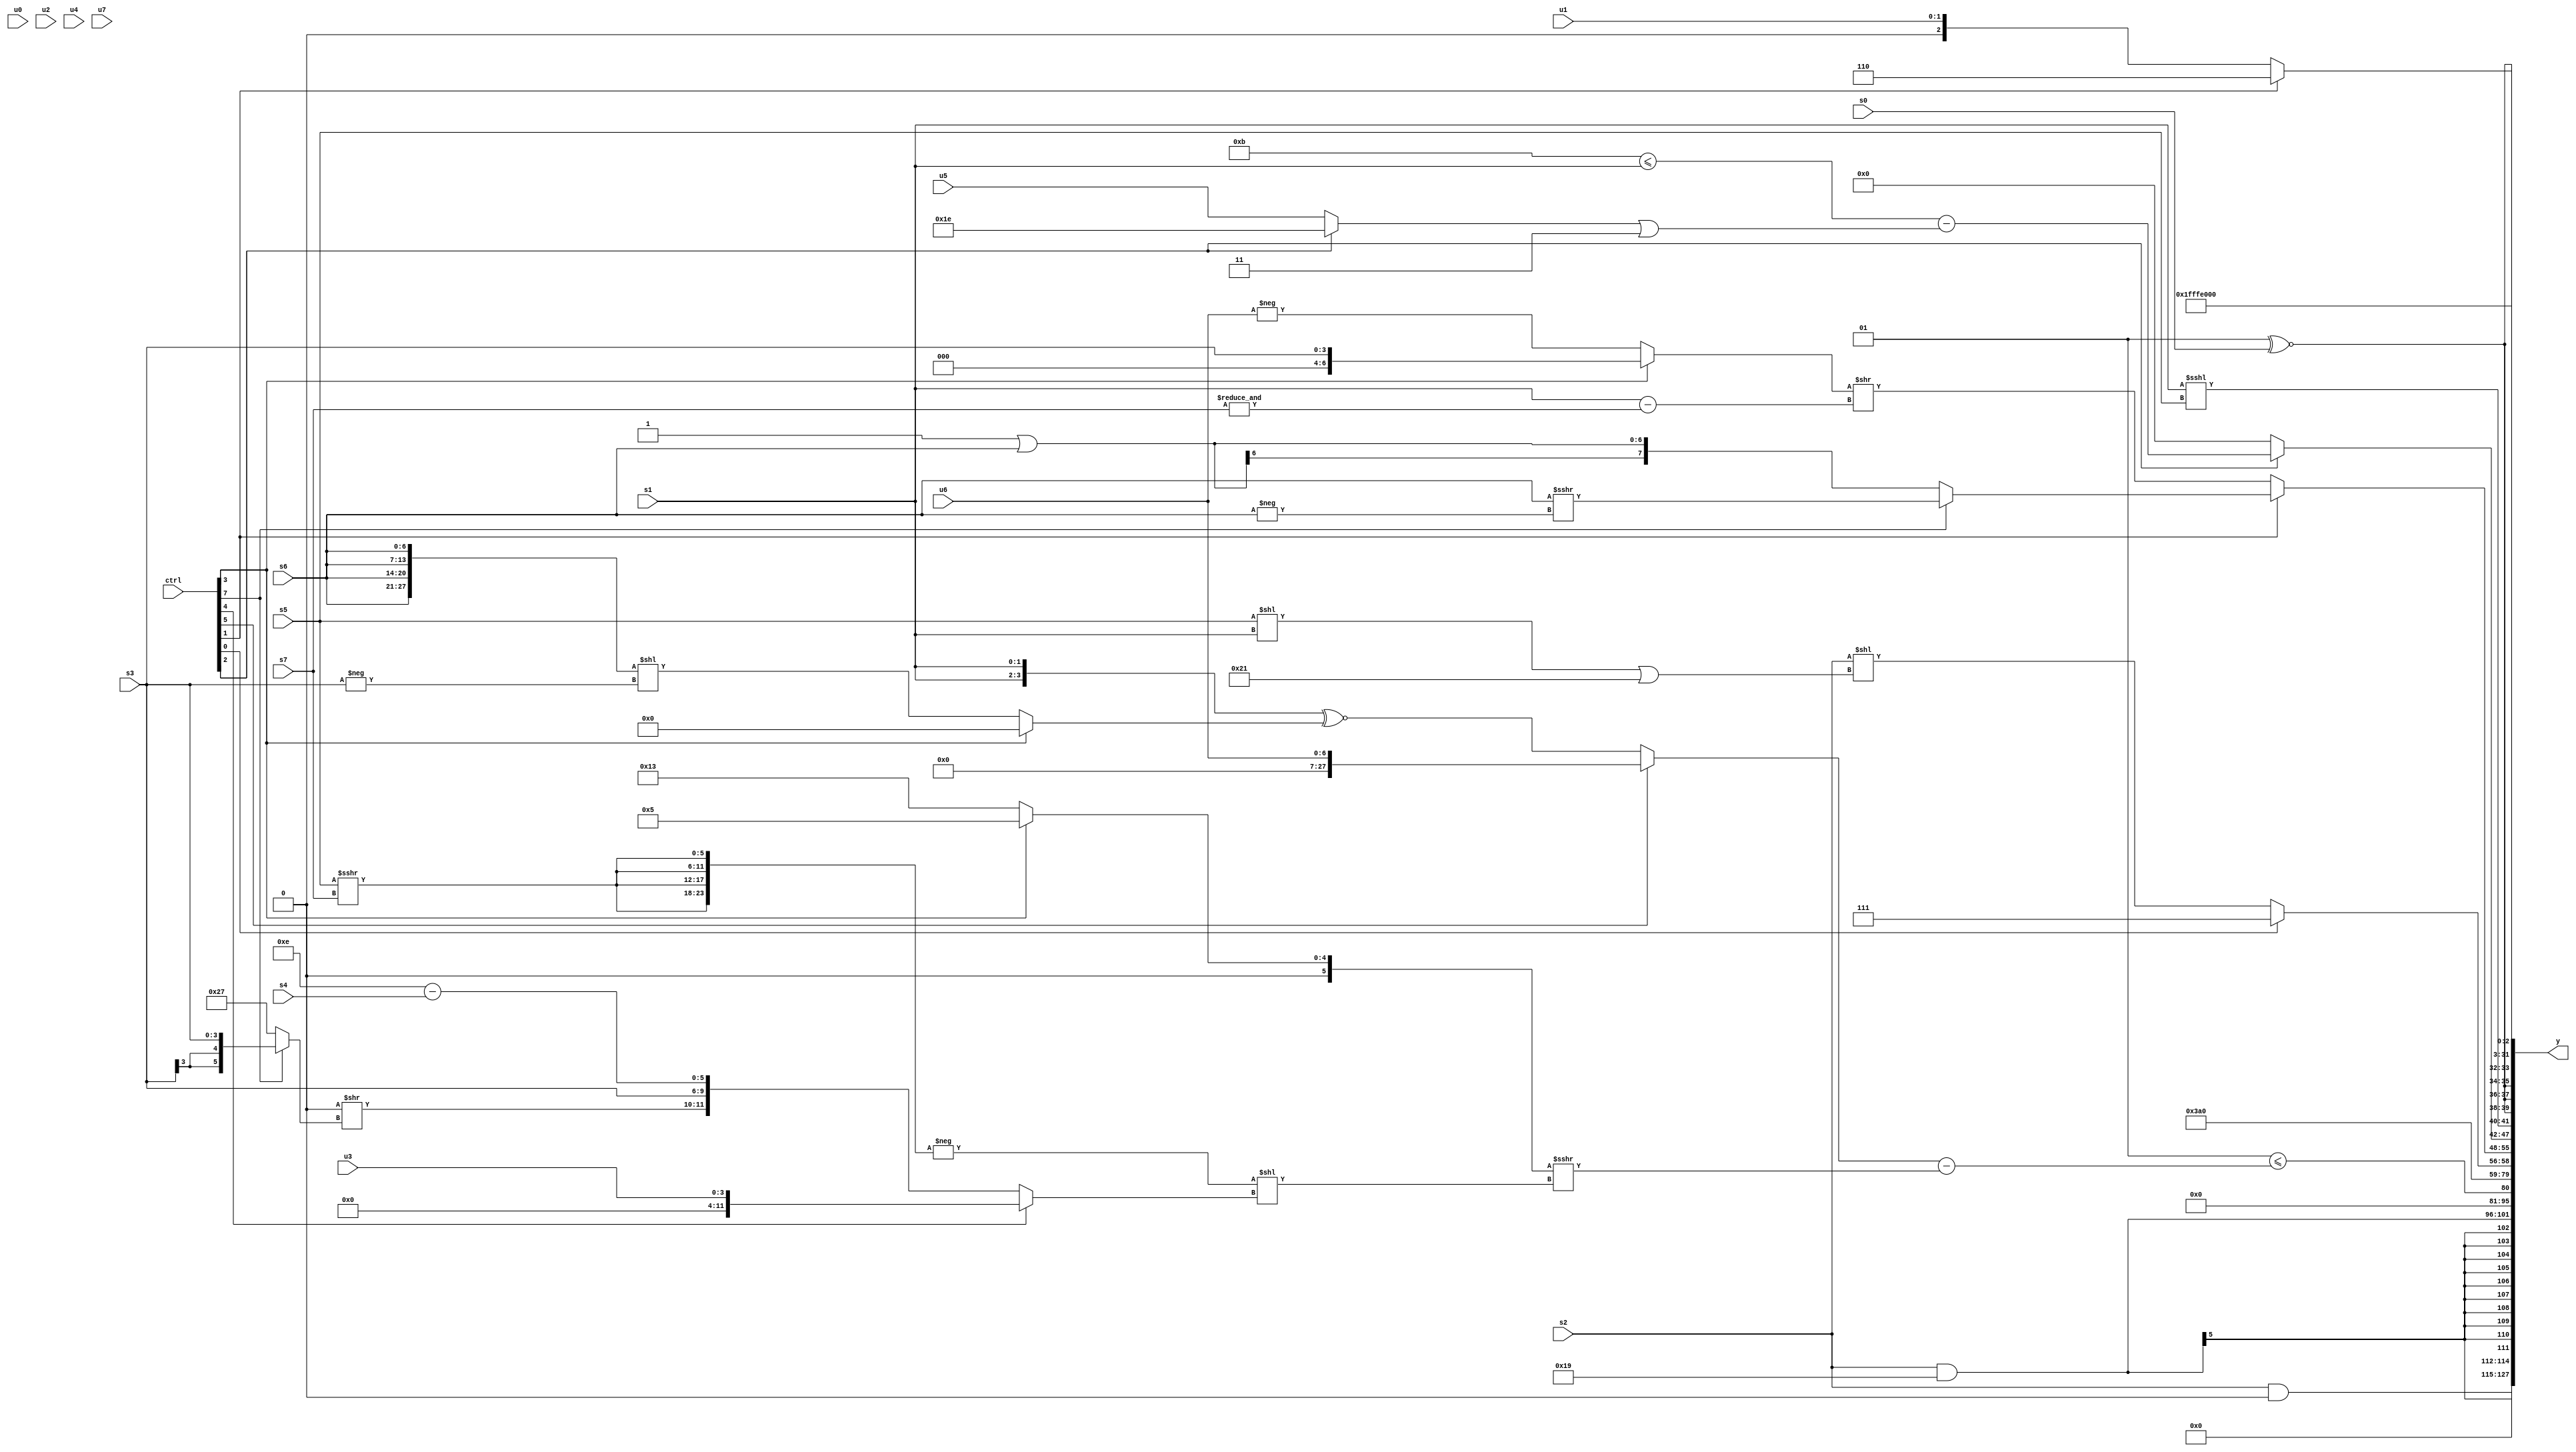
module wideexpr_00224(ctrl, u0, u1, u2, u3, u4, u5, u6, u7, s0, s1, s2, s3, s4, s5, s6, s7, y);
  input [7:0] ctrl;
  input [0:0] u0;
  input [1:0] u1;
  input [2:0] u2;
  input [3:0] u3;
  input [4:0] u4;
  input [5:0] u5;
  input [6:0] u6;
  input [7:0] u7;
  input signed [0:0] s0;
  input signed [1:0] s1;
  input signed [2:0] s2;
  input signed [3:0] s3;
  input signed [4:0] s4;
  input signed [5:0] s5;
  input signed [6:0] s6;
  input signed [7:0] s7;
  output [127:0] y;
  wire [15:0] y0;
  wire [15:0] y1;
  wire [15:0] y2;
  wire [15:0] y3;
  wire [15:0] y4;
  wire [15:0] y5;
  wire [15:0] y6;
  wire [15:0] y7;
  assign y = {y0,y1,y2,y3,y4,y5,y6,y7};
  assign y0 = $unsigned((s2)&(1'sb0));
  assign y1 = (s2)&(6'sb011001);
  assign y2 = (3'sb001)<=(($signed((ctrl[5]?u6:({2{s1}})^~((ctrl[3]?2'b00:({4{s6}})<<(-(s3)))))))-(((ctrl[3]?4'sb0101:6'sb010011))>>>((-(+({4{(s5)>>>(s7)}})))<<((ctrl[4]?u3:{({2{1'sb0}})>>((ctrl[7]?s3:6'sb100111)),(s3)<<(3'sb000),{1{(6'sb001110)-(s4)}}})))));
  assign y3 = 6'b011101;
  assign y4 = {$signed((ctrl[0]?1'sb1:(s2)<<(((s5)<<(s1))|((2'sb11)-(6'sb011110))))),(ctrl[1]?(ctrl[7]?(ctrl[7]?(+(s6))>>>(-(s6)):s7):(1'sb1)|(s6)):($signed((ctrl[3]?s3:-(u6))))>>((s1)-($signed(&(s7)))))};
  assign y5 = {3'sb111,{$signed($signed(3'b001)),s0,(ctrl[2]?(((6'sb111011)-(-(5'b10000)))<=(s1))-(({(2'sb11)<<<(5'sb11110),(ctrl[4]?6'sb000101:5'sb10110),(ctrl[2]?6'sb011110:u5)})|($signed({3'sb011}))):$unsigned(1'sb0)),(s1)<<<(s5)},{1{({4{(2'sb01)^~(s0)}})<<(3'b000)}}};
  assign y6 = +($signed(~&(3'b000)));
  assign y7 = (ctrl[1]?$signed(3'sb110):u1);
endmodule